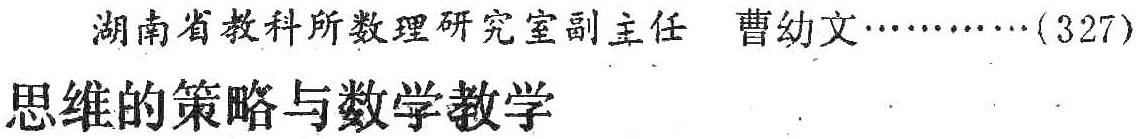
湖南省教科所数理研究室副主任 曹幼文\cdots\cdots(327)\\

思维的策略与数学教学